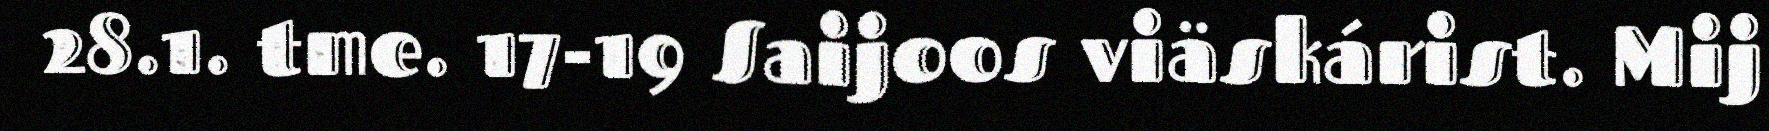
28.1. tme. 17-19 Saijoos viäskárist. Mij